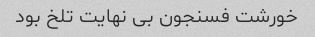
خورشت فسنجون بی نهایت تلخ بود